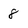
Character: 8